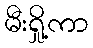
မီးရှို့ကာ